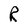
Character: R